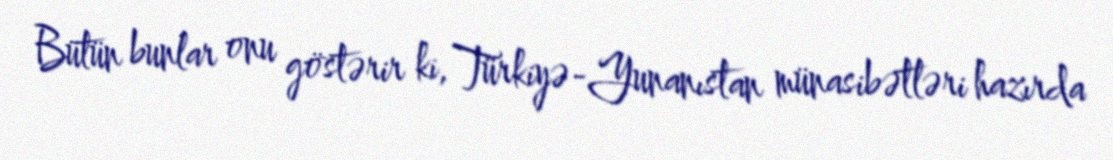
Bütün bunlar onu göstərir ki, Türkiyə-Yunanıstan münasibətləri hazırda